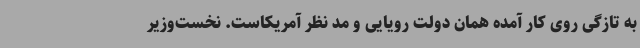
به تازگی روی کار آمده همان دولت رویایی و مد نظر آمریکاست. نخست‌وزیر